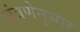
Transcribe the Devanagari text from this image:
यंत्रणेनुसार